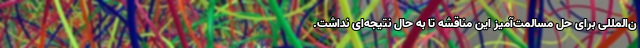
ن‌المللی برای حل مسالمت‌آمیز این مناقشه تا به حال نتیجه‌ای نداشت.